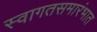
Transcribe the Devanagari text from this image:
स्वागतसमारंभात